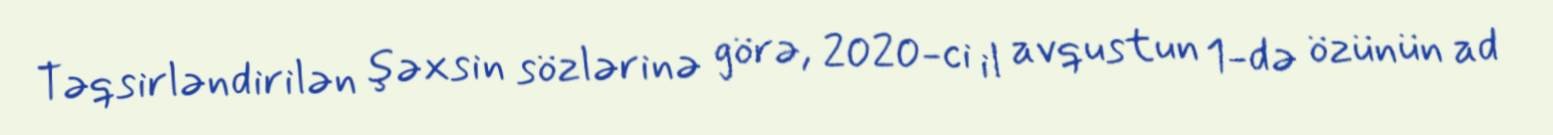
Təqsirləndirilən şəxsin sözlərinə görə, 2020-ci il avqustun 1-də özünün ad